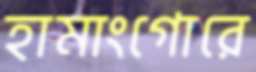
হামাংগোরে